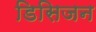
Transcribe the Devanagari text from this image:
डिसिजन